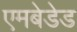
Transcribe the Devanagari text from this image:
एमबेडेड